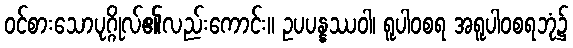
ဝင်စားသောပုဂ္ဂိုလ်၏လည်းကောင်း။ ဥပပန္နဿဝါ၊ ရူပါဝစရ အရူပါဝစရဘုံ၌